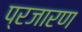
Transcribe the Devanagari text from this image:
प्रजारण